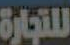
للتجارة